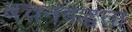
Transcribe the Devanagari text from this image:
बचनबद्धता